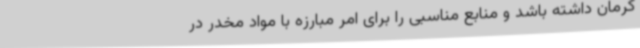
کرمان داشته باشد و منابع مناسبی را برای امر مبارزه با مواد مخدر در